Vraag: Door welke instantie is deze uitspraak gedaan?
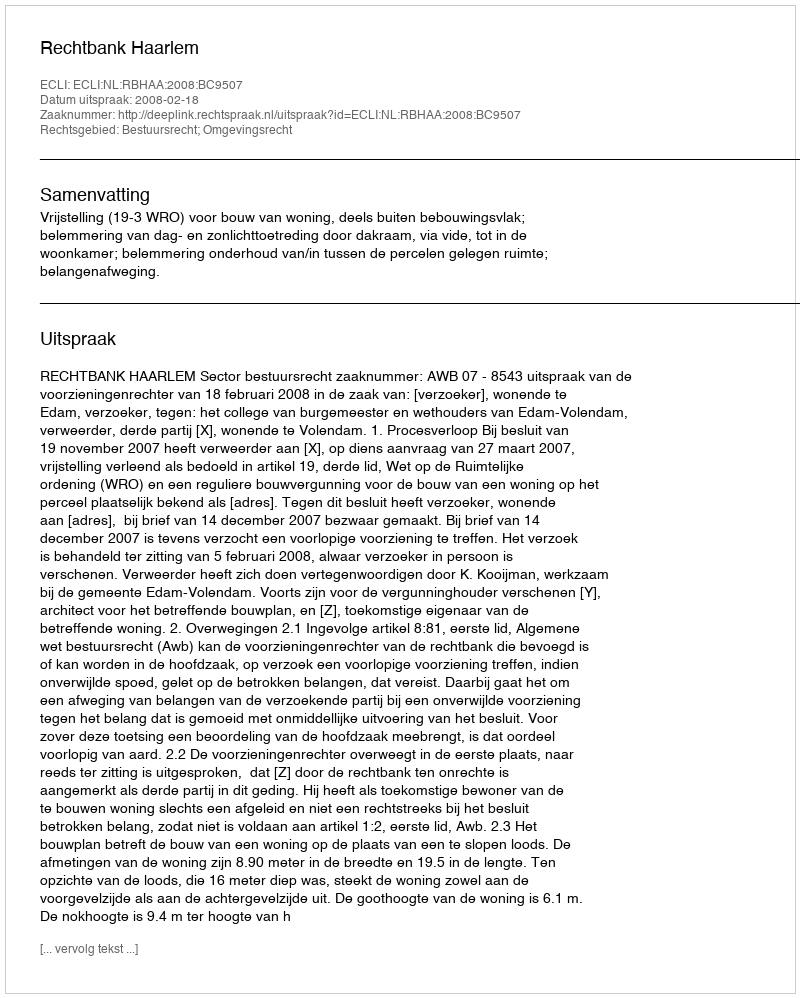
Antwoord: Rechtbank Haarlem